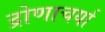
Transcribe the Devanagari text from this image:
द्रोणाचर्या